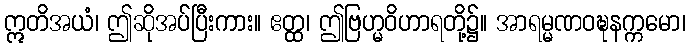
ဣတိအယံ၊ ဤဆိုအပ်ပြီးကား။ ဧတ္ထ၊ ဤဗြဟ္မဝိဟာရတို့၌။ အာရမ္မဏဝဍ္ဎနက္ကမော၊